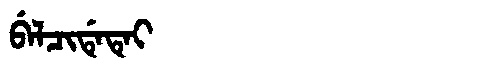
Manchu: ᠪᡝᠯᠴᡳᡩᡝᡨᡝᡳ
Romanization: BELCIDETEI